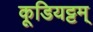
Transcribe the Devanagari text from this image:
कूडियट्टम्